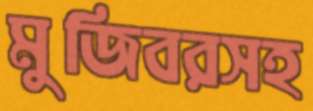
মুজিবরসহ